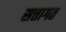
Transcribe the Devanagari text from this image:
सत्तागत